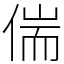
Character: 偳